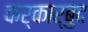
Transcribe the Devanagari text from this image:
कर्कार्बुद